38_143685_box_Incident_Summaries_173-233
Agency: Department of War
Page 94
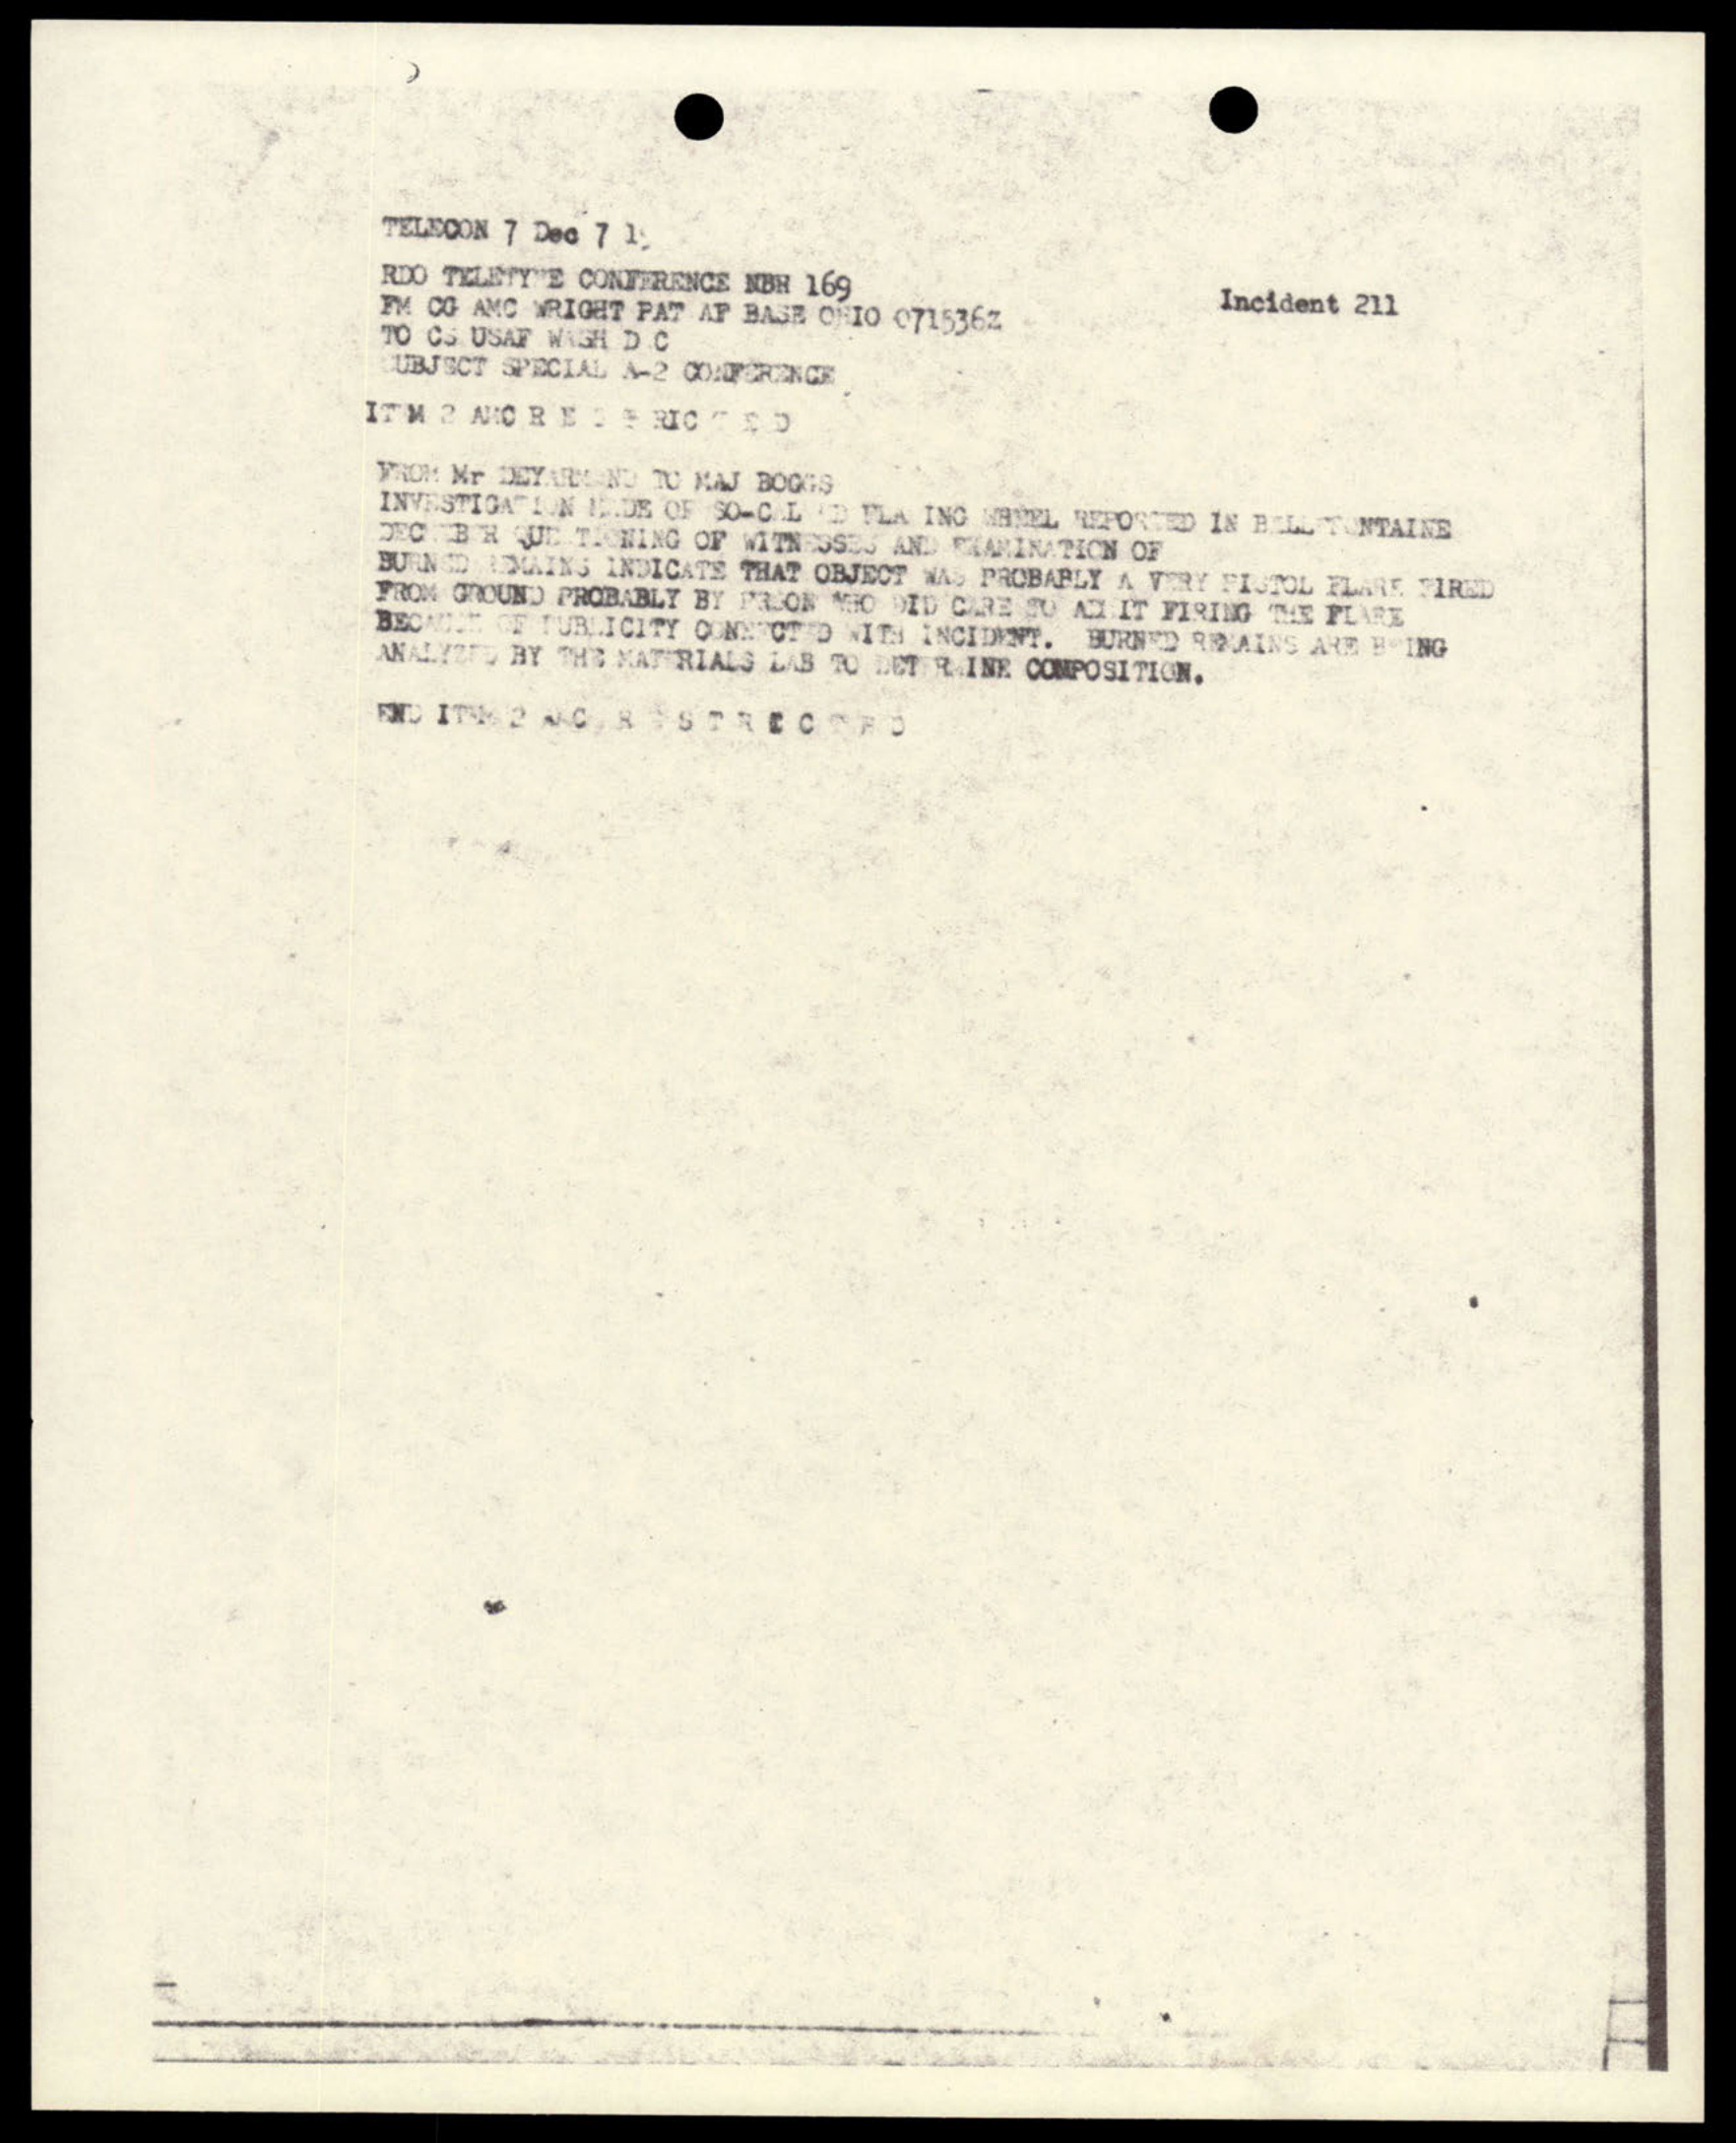